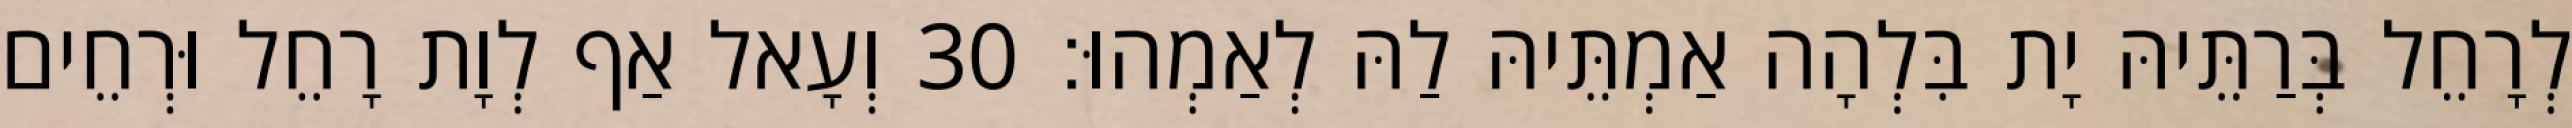
לְרָחֵל בְּרַתֵּיהּ יָת בִּלְהָה אַמְתֵּיהּ לַהּ לְאַמְהוּ׃ 30 וְעָאל אַף לְוָת רָחֵל וּרְחֵים